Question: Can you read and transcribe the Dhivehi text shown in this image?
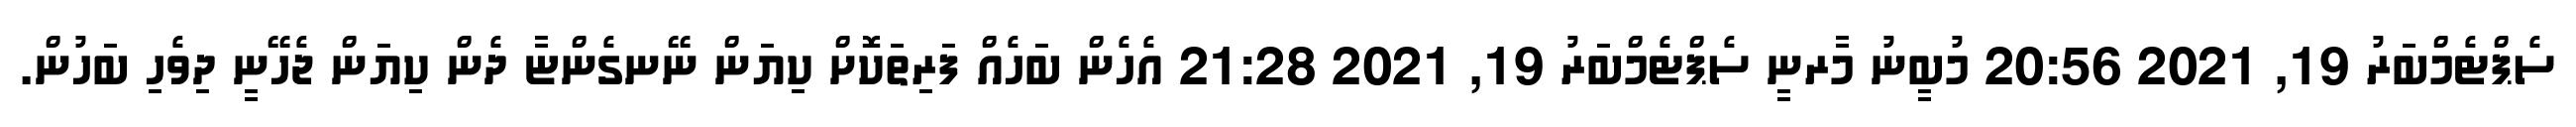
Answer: ސެޕްޓެމްބަރު 19, 2021 20:56 މުބީނު މާރނީ ސެޕްޓެމްބަރު 19, 2021 21:28 އެހެން ބަހެއް ފަރިތަކޮށް ކިޔަން ނޭނގެންޏާ ދެން ކިޔަން ޖެހޭނީ ދިވެހި ބަހުން.